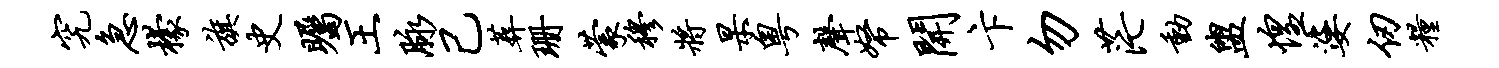
究急檬旗史瞩王脉己葬珊蒙穆将杲粤声帑开卞勿茫动盥惶婆仞粮